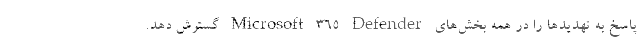
پاسخ به تهدید‌ها را در همه بخش‌های Microsoft 365 Defender گسترش دهد.